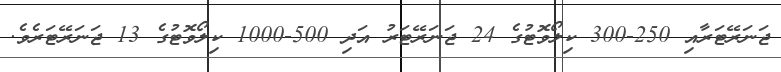
ޖަނަރޭޓަރާއި 250-300 ކިލޯވޮޓުގެ 24 ޖަނަރޭޓަރު އަދި 500-1000 ކިލޯވޮޓުގެ 13 ޖަނަރޭޓަރެވެ.